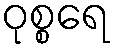
ဝုစ္စရေ